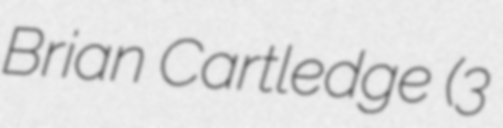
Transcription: Brian Cartledge (3